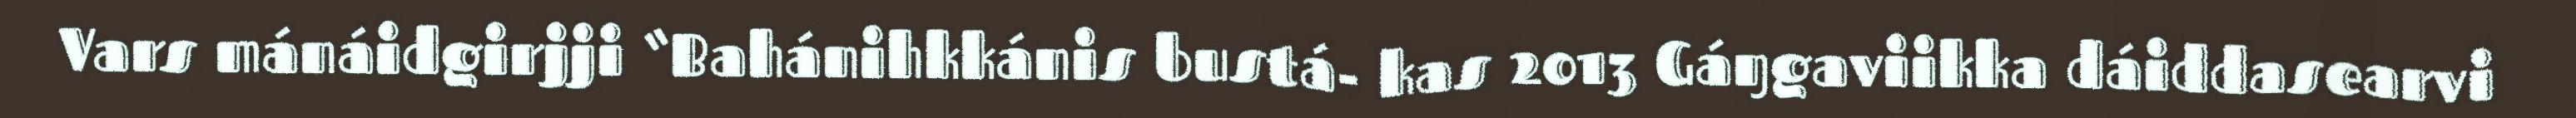
Vars mánáidgirjji “Bahánihkkánis bustá- kas 2013 Gáŋgaviikka dáiddasearvi